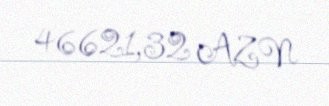
46621,32 AZN